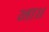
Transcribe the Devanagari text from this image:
ना॥